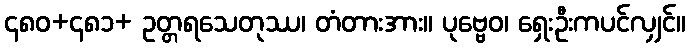
၄၈၀+၄၈၁+ ဥတ္တရသေတုဿ၊ တံတားအား။ ပုဗ္ဗေဝ၊ ရှေးဦးကပင်လျှင်။